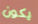
يكون